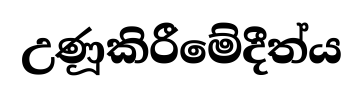
උණූකිරීමේදීත්ය